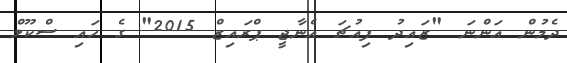
ދެމުން އަންނަ "ޒައިދު ފިއުޗަ އެނާޖީ ޕްރައިޒް 2015" ގެ ހައި ސްކޫލް